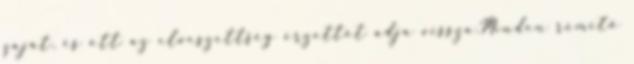
zaját, és ott az elveszettség érzettét adja vissza.Minden rémítő